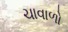
ચાવાળો